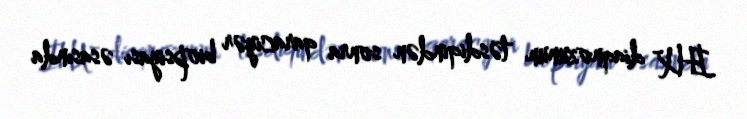
İHX diaqnozunun təsdiqindən sonra qaraciyər biopsiyası əsasında